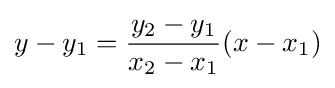
y-y_{1}={\frac {y_{2}-y_{1}}{x_{2}-x_{1}}}(x-x_{1})